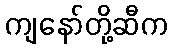
ကျနော်တို့ဆီက